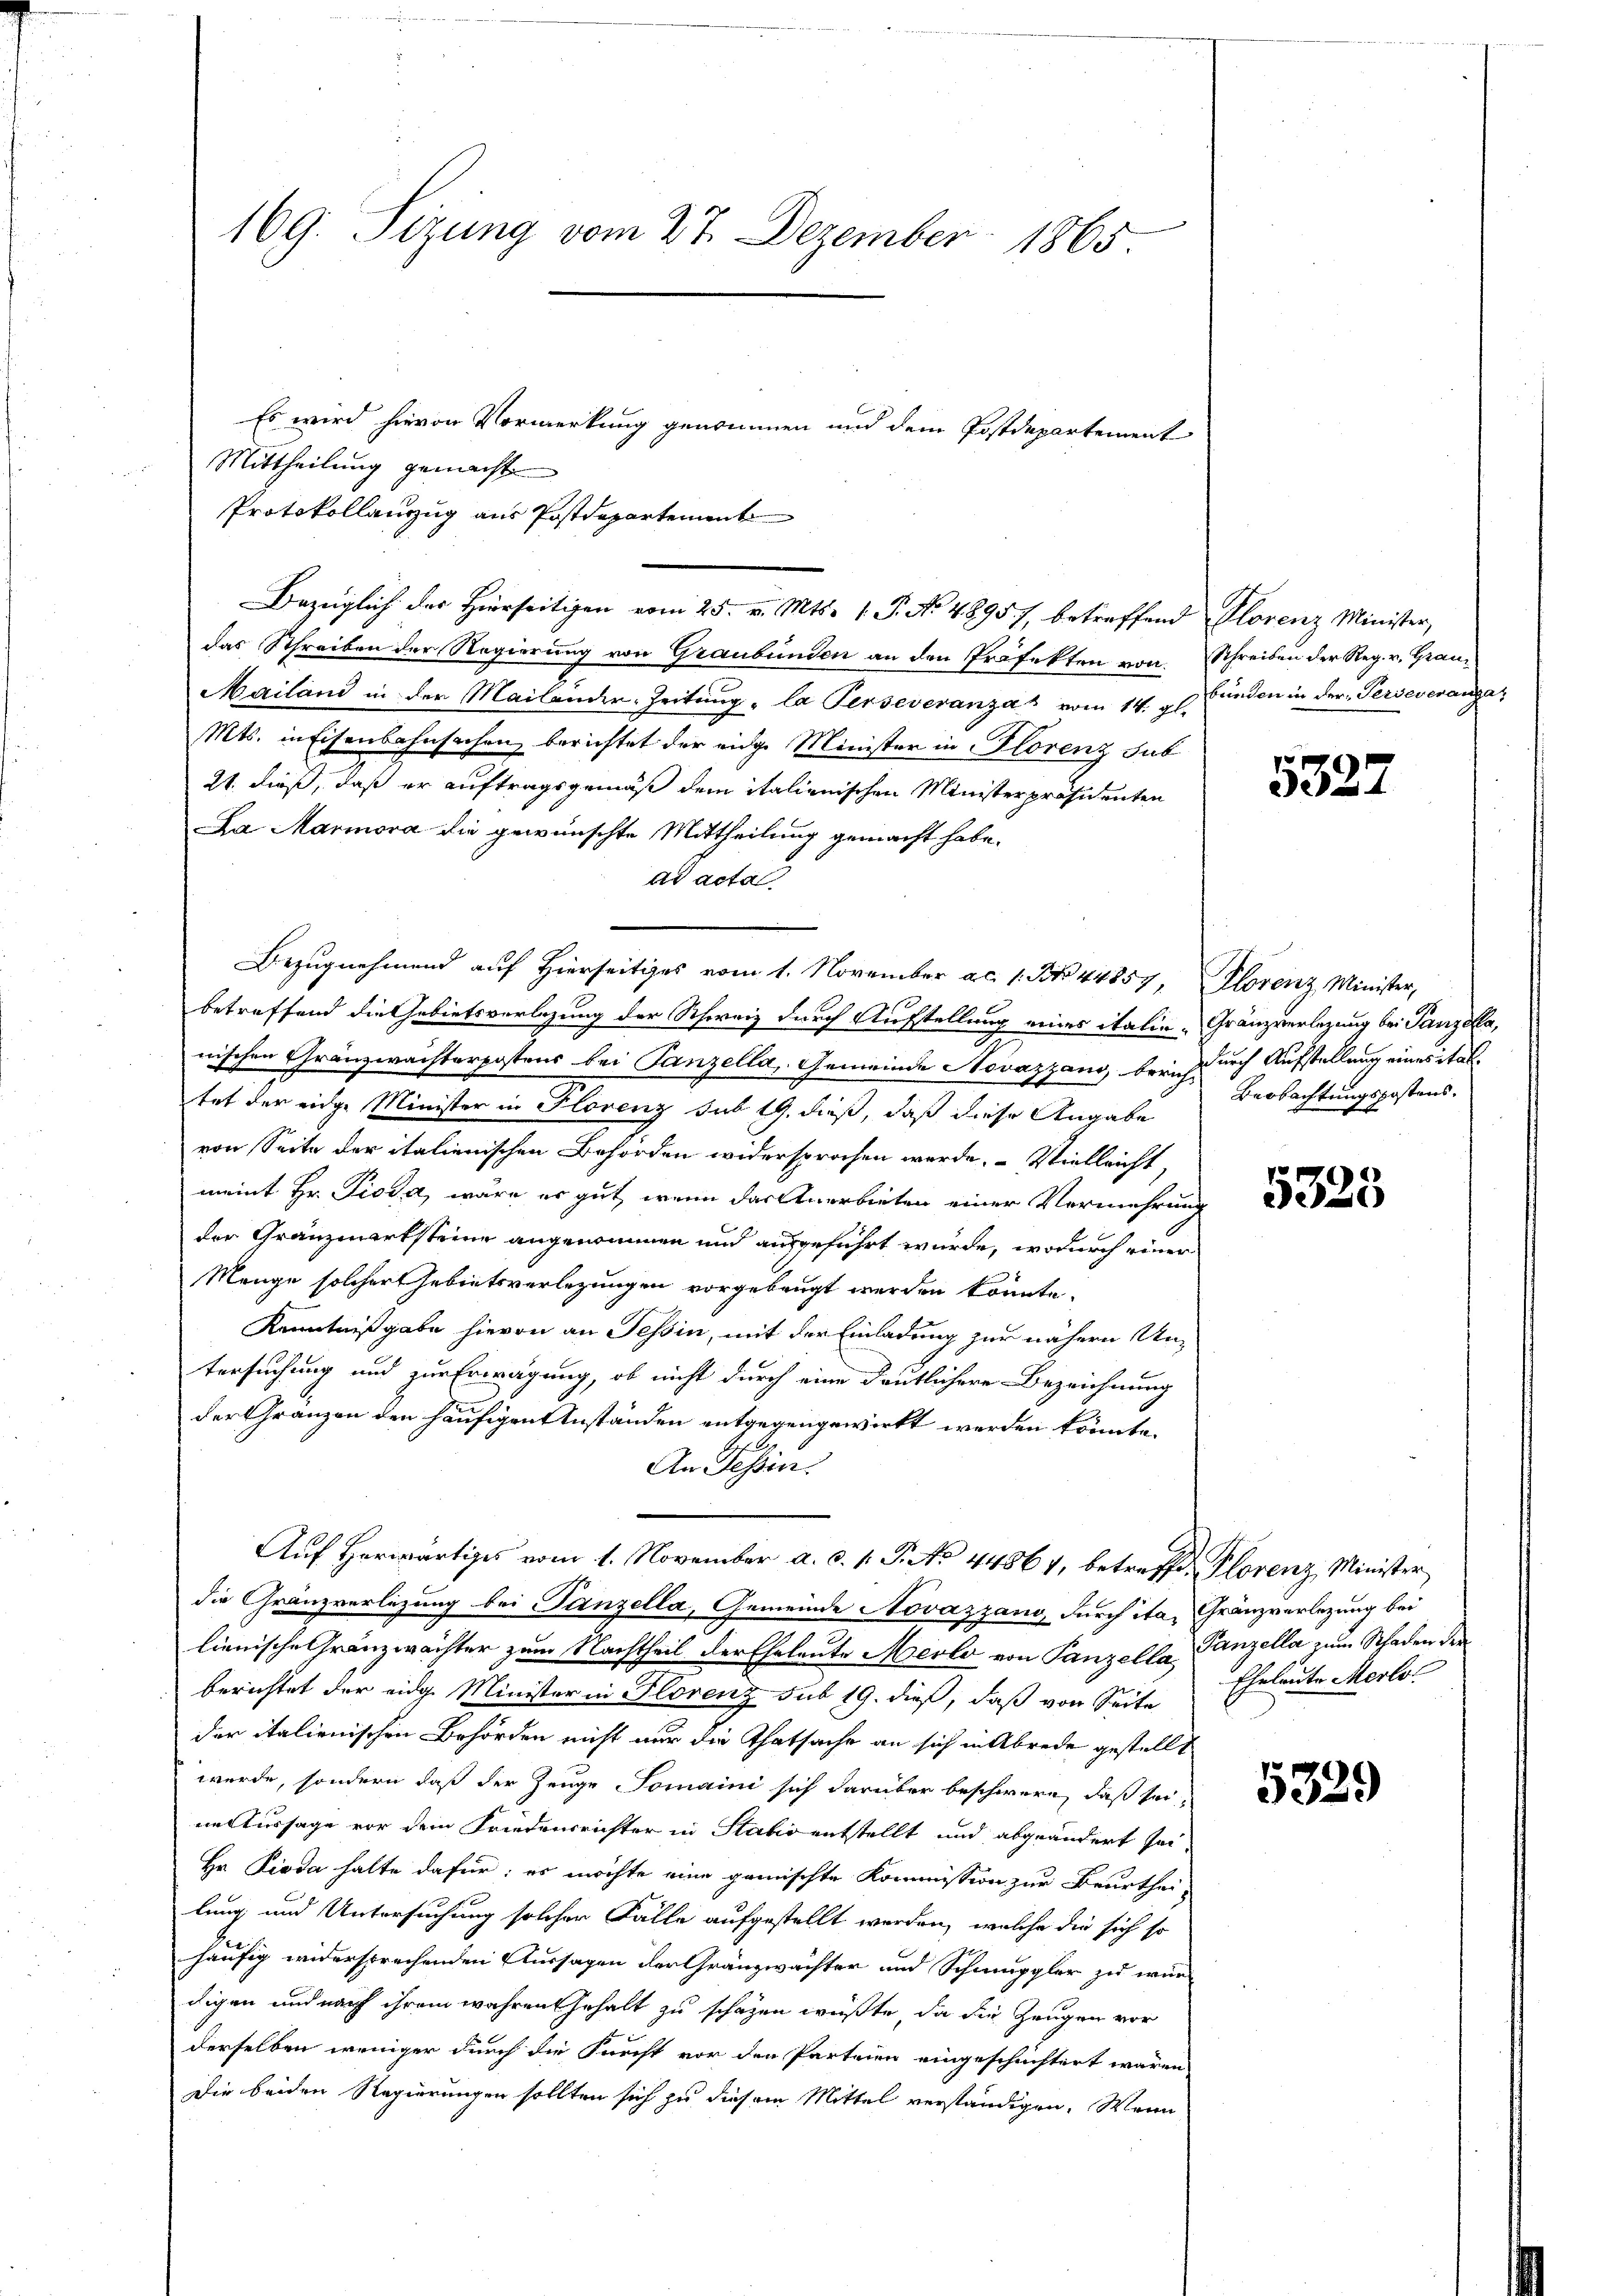
169. Sizung vom 27. Dezember 1865.

Es wird hievon Vormerkung genommen und dem Postdepartement
Mittheilung gemacht
Protokollanzug aus Postdepartement
das Schreiben der Regierung von Graubünden an den Präfekten von Schreiben der Reg. v. Grau¬
Mailand in der Mailander-Zeitung „la Perseveranzat vom 14. gl. Bünden in der Perseverangar
Mts. in Eisenbahnsachen berichtet der eidge Minister in Florenz sub
21. dieß, daß er auftragsgemäß dem italienischen Ministerpräsidenten
La Marmora die gewünschte Mittheilung gemacht habe.
ad acta
betreffend die Gebietsverlesung der Schweiz durch Aufstellung eines italie - Gränzverlegung bei Tanzella,
nischen Gränzwachterpostens bei Tanzella, Gemeinde Novazzang bericht durch Aufstellung eines ital
tat der eidge Minister in Florenz sub 19. dieß, daß diese Angabe
von Seite der italienischen Behörden widersprochen werde. Vielleicht,
meint Hr. Pioda, wäre es gut, wenn das Anerbieten einer Vermehrung
der Gränzmarksteine angenommen und ausgeführt wurde, wodurch einer
Menge solcher Gebietsverlegungen vorgebeugt werden könnte.
Kenntnißgabe hievon an Tessin, mit der Einladung zur nähern Untersuchung und zur Erwägung, ob nicht durch eine deutlichere Bezeichnung
der Gränzen den häufigen Anständen entgegengewirkt werden könnte.
An Tessin.
Auf Herwärtiges vom 1. November a. c. 1. P. No 44867, betreffe, Plorenz Minister
die Gränzverlegung bei Tanzella, Gemeinde Novazzang, durch ita, Gränzverlegung bei
lienische Gränzwachter zum Nachtheil der Eheleute Merlo von Panzella Ganzella zum Schaden der
berichtet der eidge Minister in Florenz sub 19. dieß, daß von Seite
der italienischen Behörden nicht nur die Thatsache an sich in Abrede gestellt
werde, sondern daß der Zeuge Tomaini sich darüber beschwere, daß seine Aussage vor dem Friedensrichter in Stabis entstellt und abgeändert sei,
Hr. Pioda halte dafür; es möchte eine gemischte Kommission zur Beurthei-
lung und Untersuchung solcher Fälle aufgestellt werden, welche die sich so
häufig widersprechenden Aussagen der Gränzwächter und Schmuppler zu würdigen und nach ihrem wahren Gehalt zu schäzen wüßte, da die Zeugen vor
derselben weniger durch die Furcht vor den Parteien eingeschichtert waren
Die beiden Regierungen sollten sich zu diesem Mittel verständigen. Wenn

Bezugnehmend auf Hierseitiges vom 1. November a.c. 1. No 44857, lorenz Minister,

Bezüglich des Hierseitigen vom 25. v. Mts. 1. P. No. 4895), betreffend Plorenz Minister,

5327

Beobachtungspostens.

ep
3323

Eheleute Merlo

5329